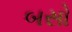
બસો